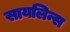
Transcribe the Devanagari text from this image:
सायलिन्स